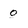
Character: o